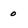
Character: o